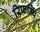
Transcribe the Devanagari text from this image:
रिफम्पिं